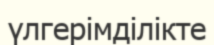
үлгерімділікте